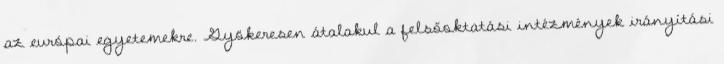
az európai egyetemekre. Gyökeresen átalakul a felsőoktatási intézmények irányítási